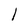
Character: 1